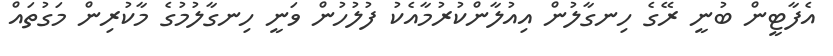
އެފާޓީން ބުނީ ރޭގެ ހިނގާލުން އިއުލާންކުރުމާއެކު ފުލުހުން ވަނީ ހިނގާލުމުގެ މާކުރިން މަގުތައް